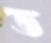
ভ